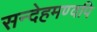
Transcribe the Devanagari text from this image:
सन्देहमण्वपि